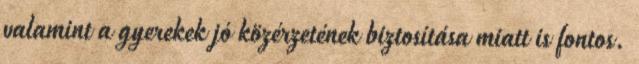
valamint a gyerekek jó közérzetének biztosítása miatt is fontos.